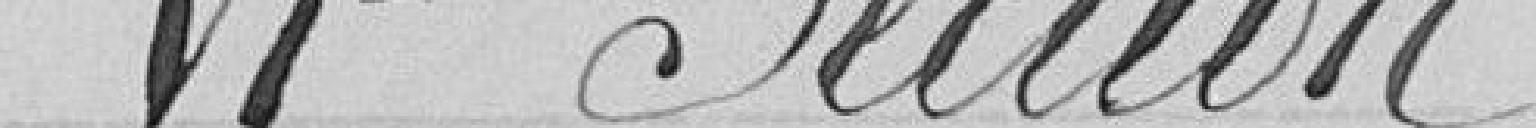
VIème Section